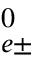
^ { 0 } _ { e \pm }